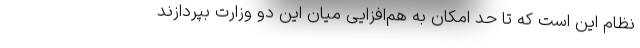
نظام این است که تا حد امکان به هم‌افزایی میان این دو وزارت بپردازند